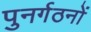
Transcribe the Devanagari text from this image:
पुनर्गठनों